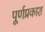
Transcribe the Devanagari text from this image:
पूर्णप्रकाश